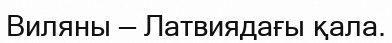
Виляны — Латвиядағы қала.